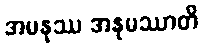
အမနုဿ အနုမဿာတိ